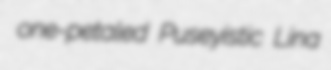
one-petaled Puseyistic Lina